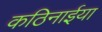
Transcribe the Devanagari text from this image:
कठिनाईया